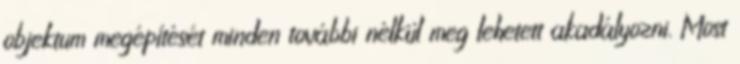
objektum megépítését minden további nélkül meg lehetett akadályozni. Most